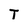
Character: T